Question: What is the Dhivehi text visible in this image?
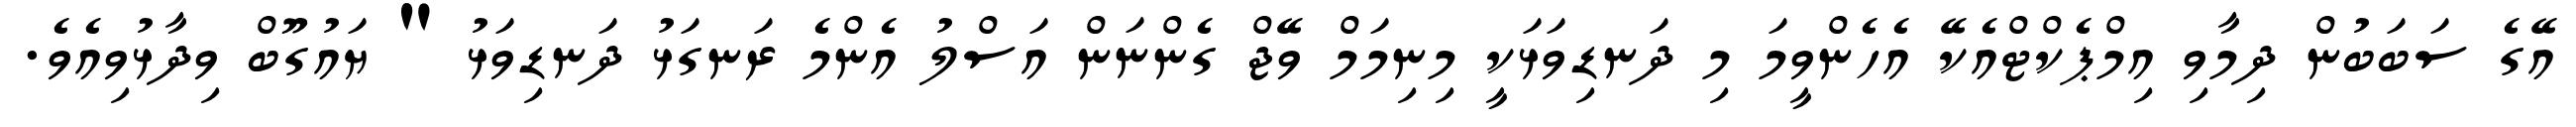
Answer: އޭގެ ސަބަބުން ދިމާވި އިމްޕެކްޓްއެކޭ އެހެންވީމަ މި ދަނޑިވަޅަކީ މިނިމަމް ވޭޖް ގެންނަން އަސްލު އެންމެ ރަނގަޅު ދަނޑިވަޅު " ޔައުގޫބް ވިދާޅުވިއެވެ.